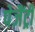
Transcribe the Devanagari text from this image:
पेजैंट्री